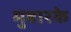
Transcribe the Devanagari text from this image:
मुबारके